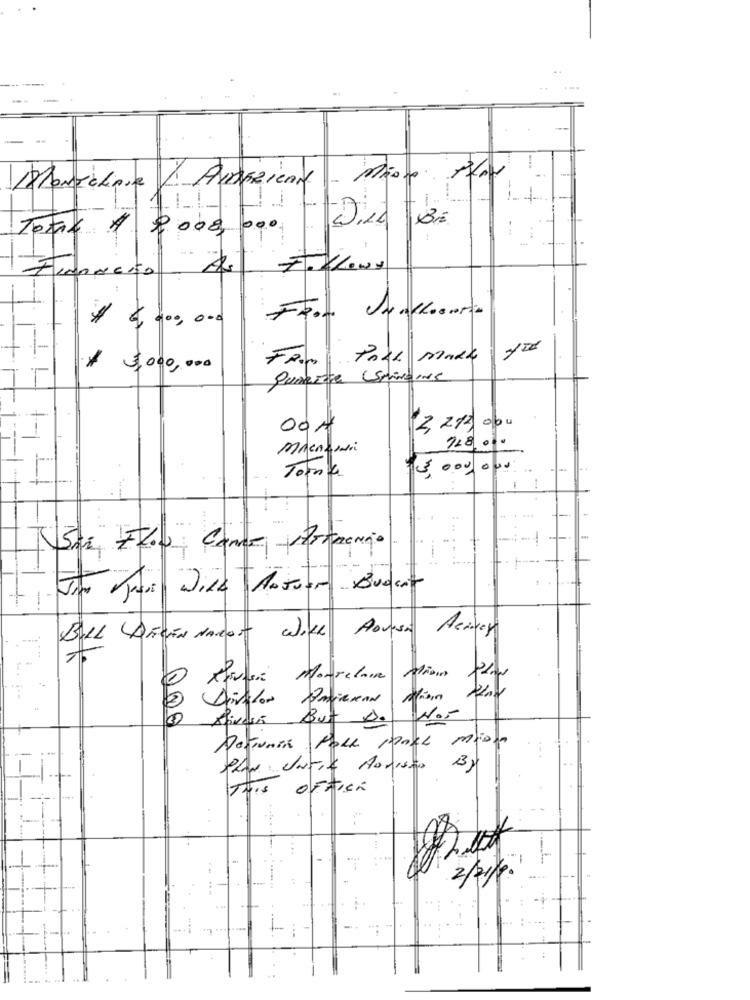
Mariahave ( Amsziente - Mio Af
14
Toma 1 0.000, 000- WILL BE
$ $100,000
$ 3,000,000
004
2 213 000
Mienaudi
728.000
Torna
15 000,000
-1
1
JE ELU Come Morango
+1-
BILL DEVEN MARCOS WILL ADVISE Acides
Asufos Morelara dious plau
Alivein But Do Not
TUIS OFFICE
3/pita .!